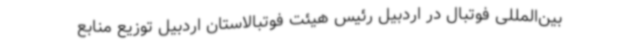
بین‌المللی فوتبال در اردبیل رئیس هیئت فوتبالاستان اردبیل توزیع منابع